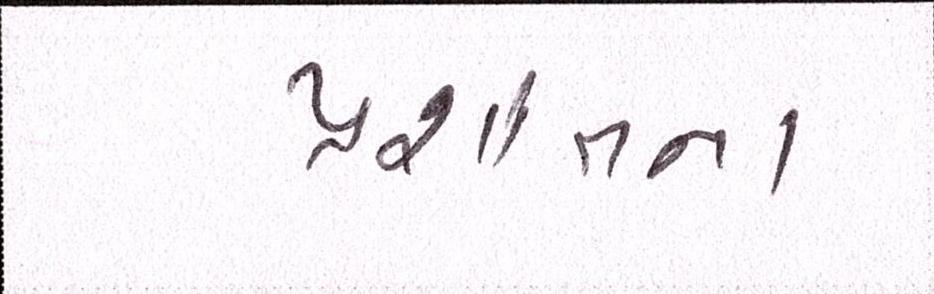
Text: પ્રશાંતના